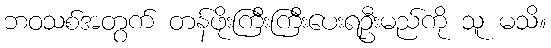
ဘဝသစ်အတွက် တန်ဖိုးကြီးကြီးပေးရဦးမည်ကို သူ မသိ။